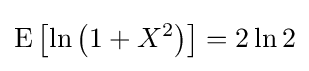
\operatorname {E} \left[\ln \left(1+X^{2}\right)\right]=2\ln 2